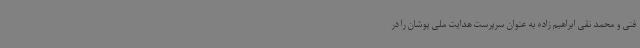
فنی و محمد نقی ابراهیم زاده به عنوان سرپرست هدایت ملی پوشان را در